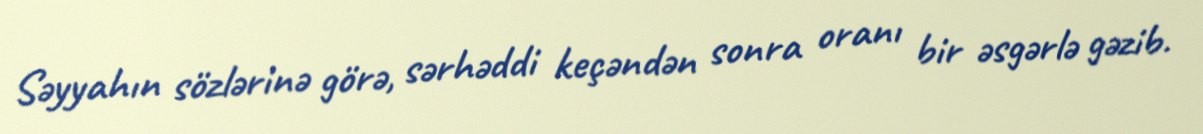
Səyyahın sözlərinə görə, sərhəddi keçəndən sonra oranı bir əsgərlə gəzib.